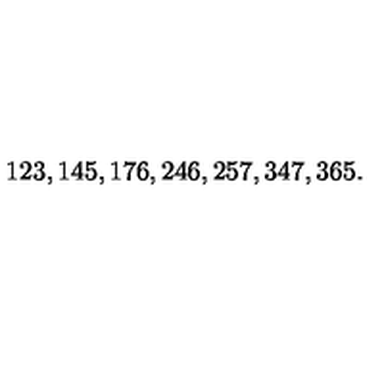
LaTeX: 1 2 3 , 1 4 5 , 1 7 6 , 2 4 6 , 2 5 7 , 3 4 7 , 3 6 5 .